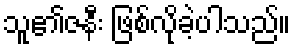
သူ၏ဇနီး ဖြစ်လိုခဲ့ပါသည်။